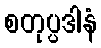
စတုပ္ပဒါနံ